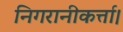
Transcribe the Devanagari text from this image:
निगरानीकर्त्ता।